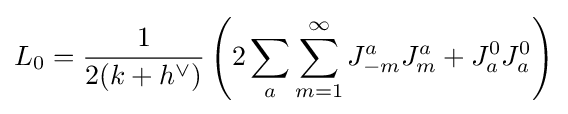
L_{0}={\frac {1}{2(k+h^{\vee })}}\left(2\sum _{a}\sum _{m=1}^{\infty }J_{-m}^{a}J_{m}^{a}+J_{a}^{0}J_{a}^{0}\right)